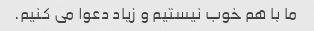
ما با هم خوب نیستیم و زیاد دعوا می کنیم.